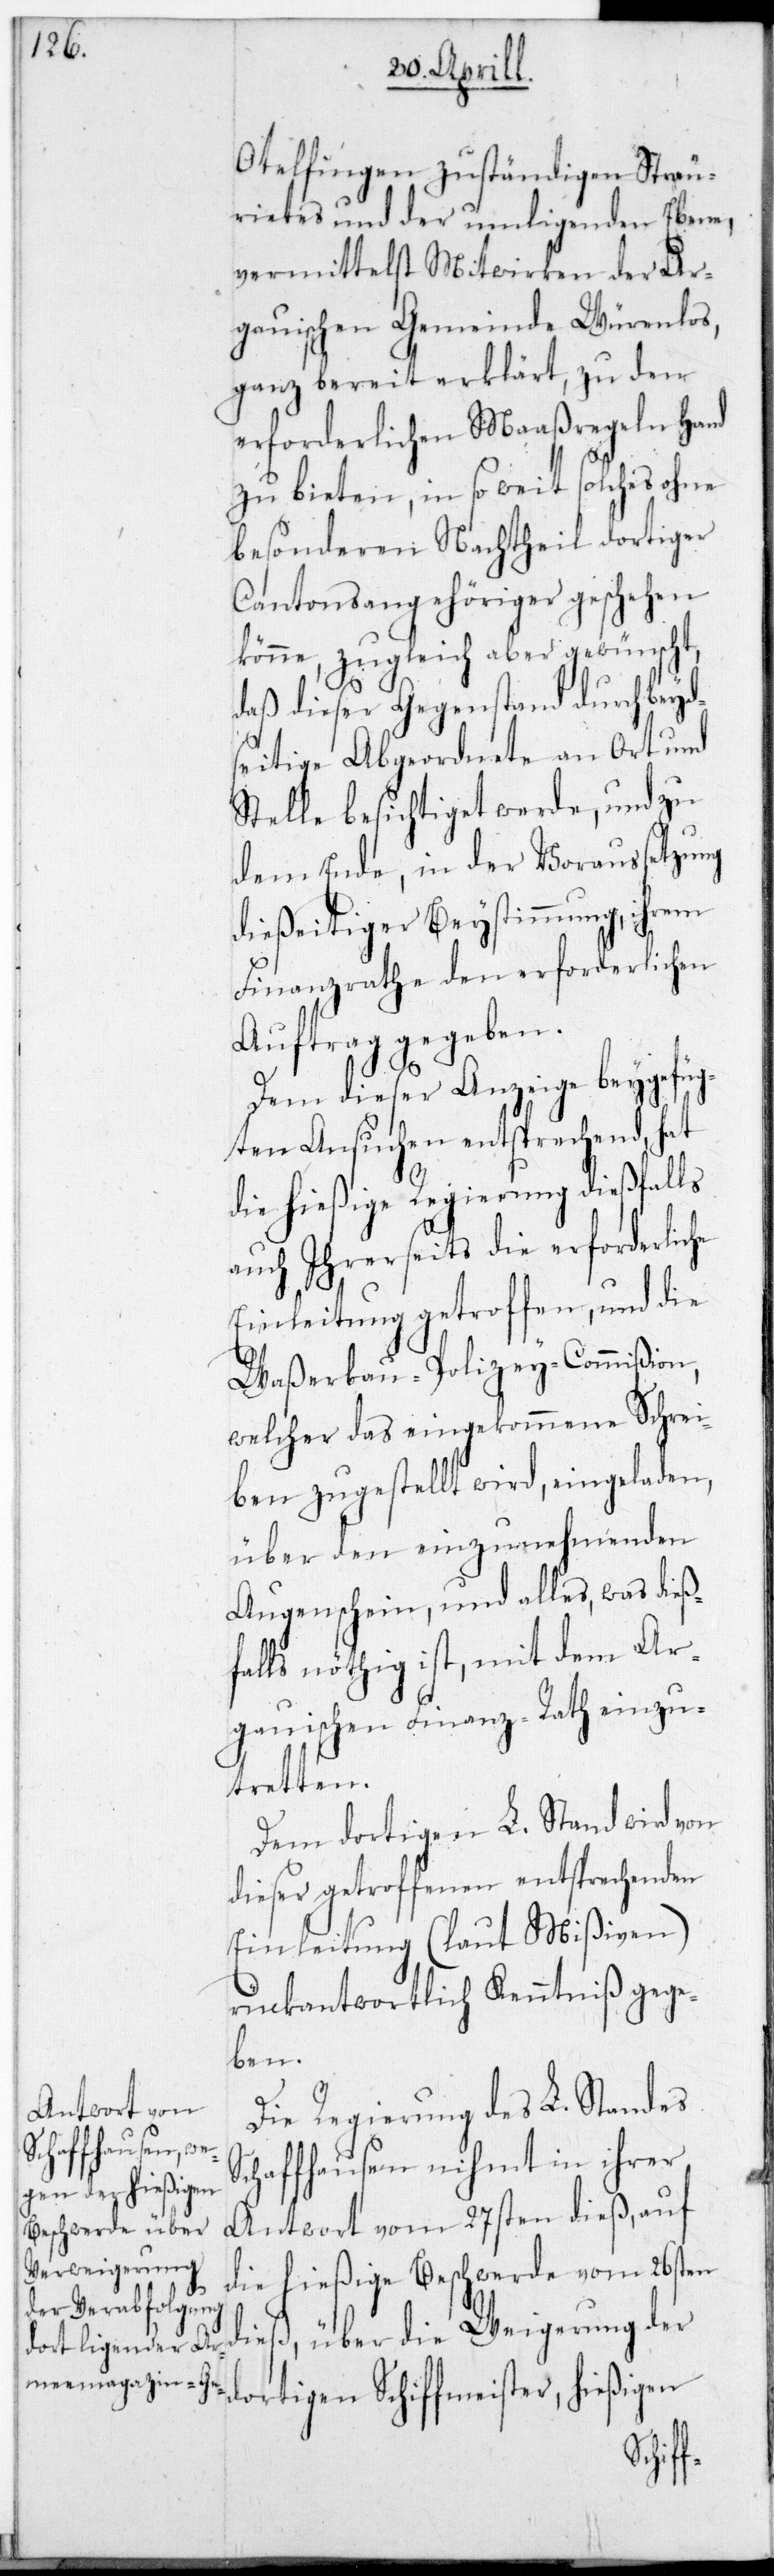
Otelfingen zuständigen Streu¬
riedtes und der umligenden Ebene,
vermittelst Mitwirken der Ar¬
gauischen Gemeinde Würenlos,
ganz bereit erklärt, zu den
erforderlichen Maaßregeln Hand
zu bieten, in so weit solches ohne
besonderen Nachtheil dortiger
Cantonsangehöriger geschehen
könne, zugleich aber gewünscht,
daß dieser Gegenstand durch beyd¬
seitige Abgeordnete an Ort und
Stelle besichtiget werde, und zu
dem Ende, in der Voraußetzung
dießeitiger Beystimmung, ihrem
Finanzrate den erforderlichen
Auftrag gegeben.
Dem dieser Anzeige beygefüg¬
ten Ansuchen entsprechend, hat
die hießige Regierung dießfalls
auch ihrerseits die erforderliche
Einleitung getroffen, und die
Waßerbau-Polizey-Commißion,
welcher das eingekommene Schrei¬
ben zugestellt wird, eingeladen,
über den einzunehmenden
Augenschein und alles, was dieß¬
falls nöthig ist, mit dem Ar¬
gauischen Finanzrath einzu¬
tretten.
Dem dortigen L. Stand wird von
dieser getroffenen entsprechenden
Einleitung (laut Mißiven)
rückantwortlich Kenntniß gege¬
ben.
Die Regierung des L. Standes
Schaffhausen nimmt in ihrer
eister, hießigen
Antwort vom 27sten dieß, auf
die hießige Beschwerde vom 26sten
dieß, über die Weigerung der
fm¬